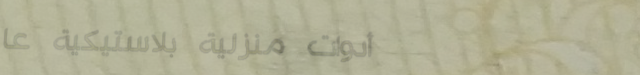
أدوات منزلية بلاستيكية عا